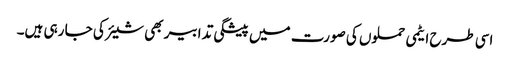
اسی طرح ایٹمی حملوں کی صورت میں پیشگی تدابیر بھی شیئر کی جا رہی ہیں۔